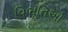
વિભૂતિઓ